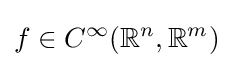
f\in C^{\infty }({\mathbb {R} }^{n},{\mathbb {R} }^{m})